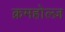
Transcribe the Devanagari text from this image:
क्रमहोल्ज़